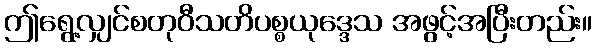
ဤရွေ့လျှင်စတုဝီသတိပစ္စယုဒ္ဒေသ အဖွင့်အပြီးတည်း။